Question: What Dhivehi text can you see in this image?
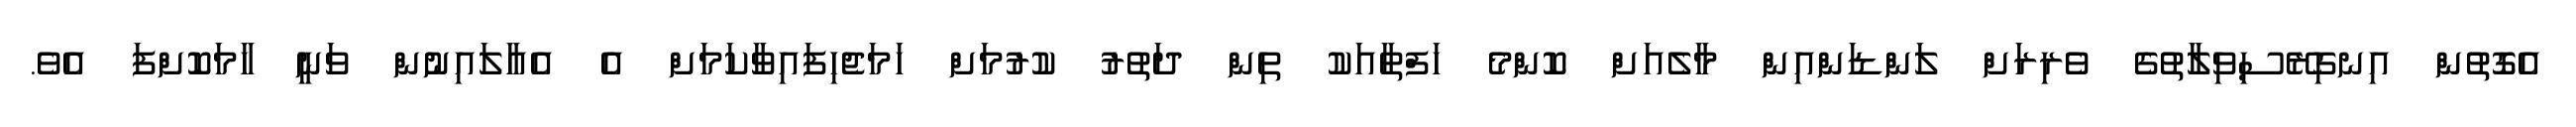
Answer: އެގޮތުން އިނގިރޭސިވިލާތުގެ ވެރިރަށް ލަންޑަންއިން މާލެއަށް ކޮންމެ ހަފްތާއަކު ތިން ދަތުރު ކުރުމަށް ހަމަޖެހިފައިވާކަމަށް އެ އެއާލައިނުން ވަނީ ހާމަކޮށްފަ އެވެ.